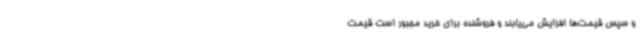
و سپس قیمت‌ها افزایش می‌یابند و فروشنده برای خرید مجبور است قیمت